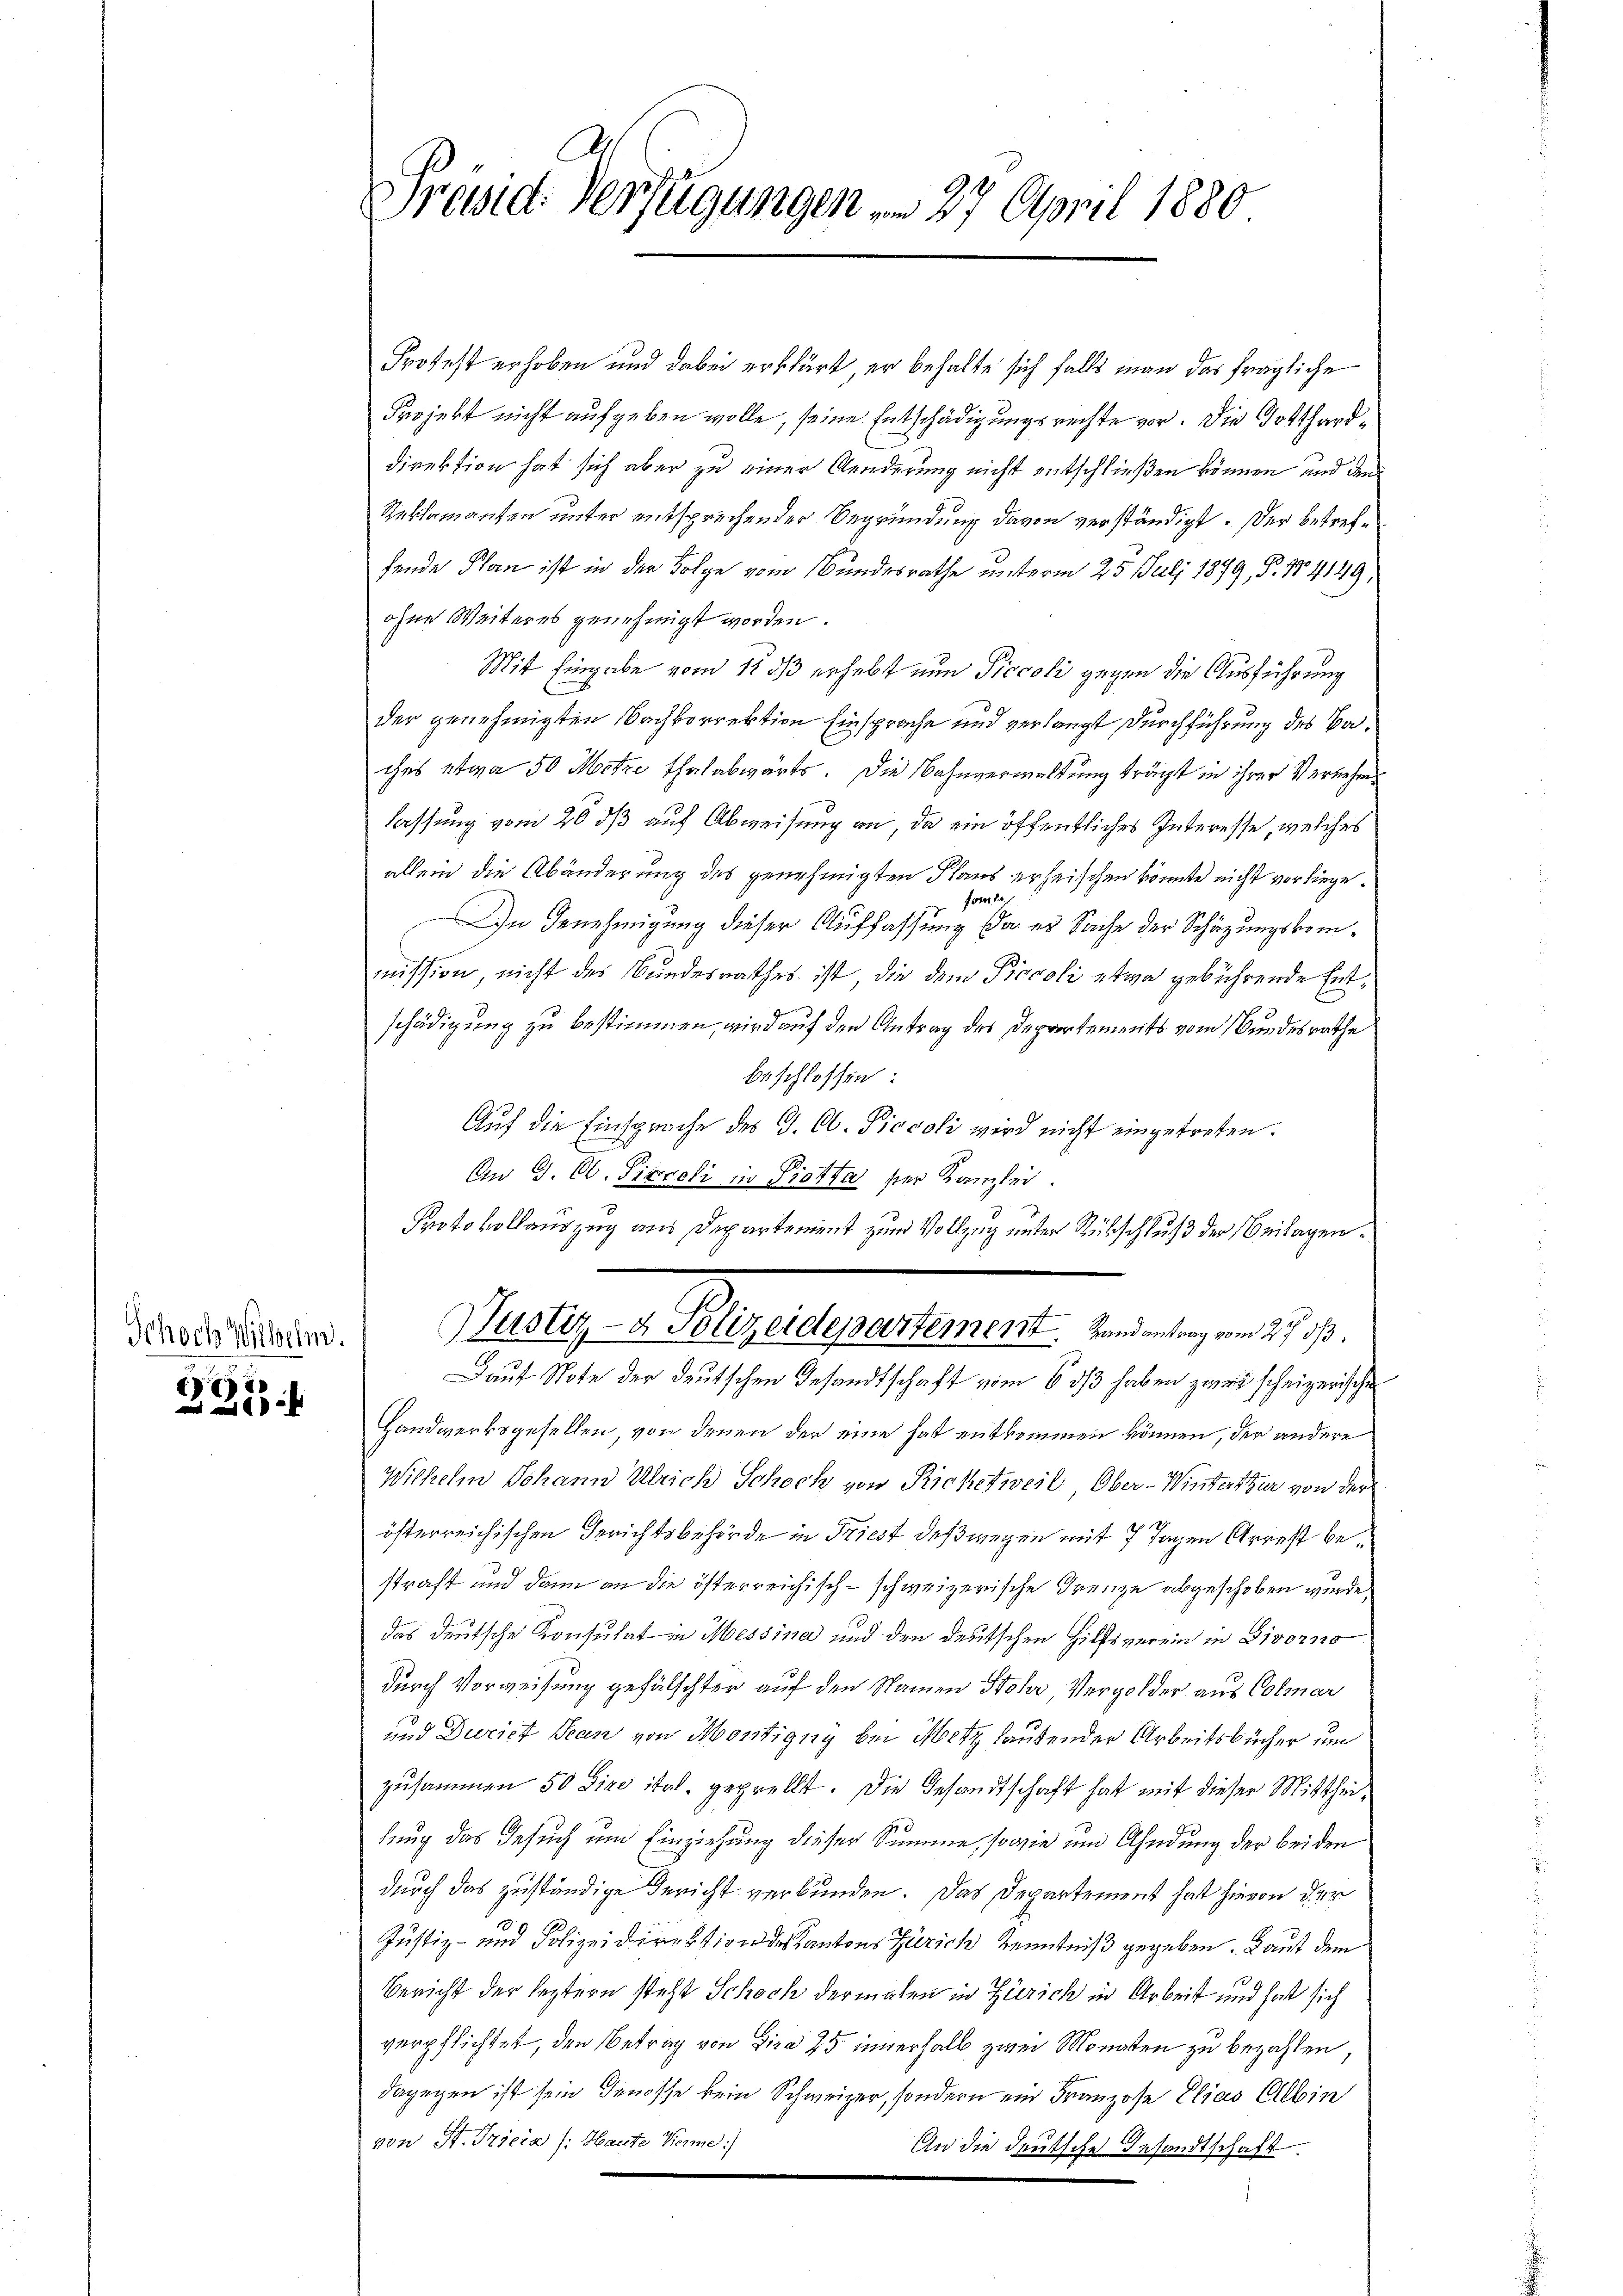
Schoch Wilhelm

273

Präsid. Verfügungen am 27. April 1880

Protest erhoben und dabei erklärt, er behalte sich falls man das fragliche
Projekt nicht aufgeben wolle, seine Entschädigungsrechte vor. Die Gotthard¬
Direktion hat sich aber zu einer Aenderung nicht entschließen können, und den
Reklamanten unter entsprechender Begründung davon verständigt. Der betreffende Plan ist in der Folge vom Bundesrathe unterm 25. Juli 1899, P. 184149,
ohne Weiteres genehmigt worden.
Mit Eingabe vom 12. ds erhebt nun Piccoli gegen die Ausführung
der genehmigten Nachkorrektion Einsprache und verlangt durchführung des Baches etwa 50 Metze Thalabwärts. Die Bahnverwaltung trägt in ihrer Vernehmlassung vom 20 dß auf Abweisung an, da ein öffentliches Interesse, welches
allein die Abänderung des genehmigten Plans erheischen könnte nicht vorliege.
fort
In Genehmigung dieser Auffassung da es Sache der Schäzungskommission, nicht des Bundesrathes ist, die dem Piccoli etwa gebührende Entschädigung zu bestimmen, wird auf den Antrag des Departements vom Bundesrathe
beschlossen:
Auf die Einsprache des G. Ob. Piccoli wird nicht eingetreten.
An G. Ob. Sigroli in Piotta ser Kanzlei.
Protokollauszug aus Departement zum Vollzug unter Rückschluß der Beilagen.
Justiz- & Polizeidepartement. Landantrag vom 27. ds.
Lauf Note der deutschen Gesandtschaft vom 6. ds haben zwei scheizerische
Handwerksgesellen, von denen der eine hat entkommen können, der andere
Wilhelm Johann Ulrich Schoch von Richetweil, Ober-Winterthur von der
österreichischen Gerichtsbehörde in Priest deßwegen mit 7 Tagen Arrest bestraft und dann an die österreichisch-schweizerische Grenze abgeschoben wurde,
das deutsche Konsulat in Messina und den deutschen Hilfsverein in Divorno
durch Vorweisung gefälschter auf den Namen Stoher Vergolder aus Colmar
und Durich Jean von Montigug bei Merz lautenden Arbeitsbücher um
zusammen 50 Lire ital. geprellt. Die Gesandtschaft hat mit dieser Mittheitung das Gesuch um Einziehung dieser Summe, sowie um Ahndung der beiden
durch das zuständige Gericht verbunden. Das Departement hat hievon der
Justiz- und Polizeidirektion der Kantons Zürich Kenntniß gegeben. Laut dem
Bericht der leztern steht Schoch dermalen in Zürich in Arbeit und hat sich
verpflichtet, den Betrag von Dira 25 innerhalb zwei Monaten zu bezahlen,
dagegen ist sein Genosse kein Schweizer, sondern ein Franzose Elias Albin
von St. Prieia /: Haute Kenne.)
An die deutsche Gesandtschaft